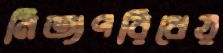
নিত্যপরিধেয়